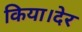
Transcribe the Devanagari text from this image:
किया।देर